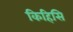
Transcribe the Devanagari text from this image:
किहिसि